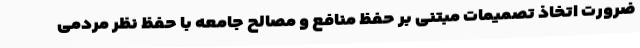
ضرورت اتخاذ تصمیمات مبتنی بر حفظ منافع و مصالح جامعه با حفظ نظر مردمی